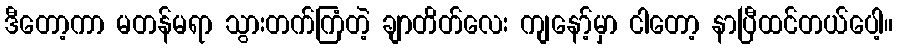
ဒီတော့ကာ မတန်မရာ သွားတက်ကြံတဲ့ ချာတိတ်လေး ကျနော့်မှာ ငါတော့ နာပြီထင်တယ်ပေါ့။